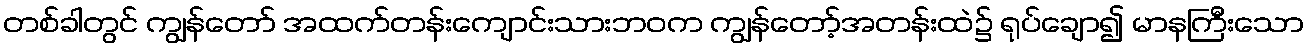
တစ်ခါတွင် ကျွန်တော် အထက်တန်းကျောင်းသားဘဝက ကျွန်တော့်အတန်းထဲ၌ ရုပ်ချော၍ မာနကြီးသော